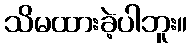
သိမထားခဲ့ပါဘူး။